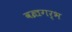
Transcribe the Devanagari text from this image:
वज्रगर्भ